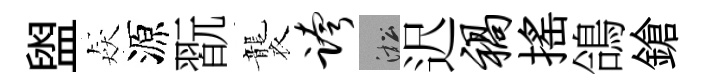
盥猋源翫襲跨淞迟祸揺鴿鎗